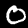
Digit: 0